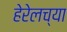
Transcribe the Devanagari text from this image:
हेरेलच्या